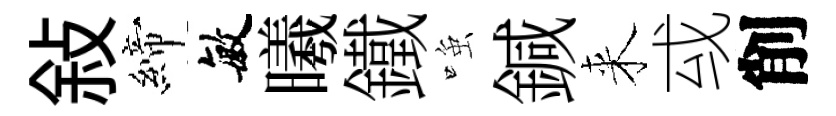
敍締敏曦鐵𫪻鍼来㦯削